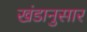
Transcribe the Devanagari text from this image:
खंडानुसार